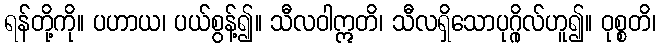
ရန်တို့ကို။ ပဟာယ၊ ပယ်စွန့်၍။ သီလဝါဣတိ၊ သီလရှိသောပုဂ္ဂိုလ်ဟူ၍။ ဝုစ္စတိ၊